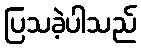
ပြသခဲ့ပါသည်